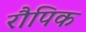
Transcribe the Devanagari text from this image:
रौपिक